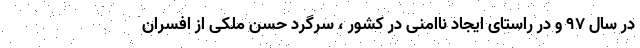
در سال ۹۷ و در راستای ایجاد ناامنی در کشور ، سرگرد حسن ملکی از افسران